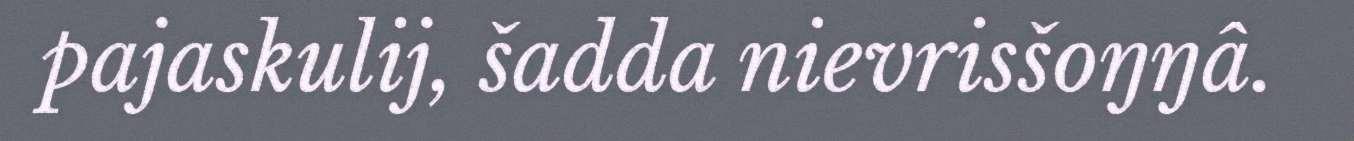
pajaskulij, šadda nievrisšoŋŋâ.